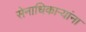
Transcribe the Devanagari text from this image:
सेनाधिकाऱ्यांना